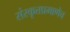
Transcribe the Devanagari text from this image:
संस्कृतप्रमाणेच